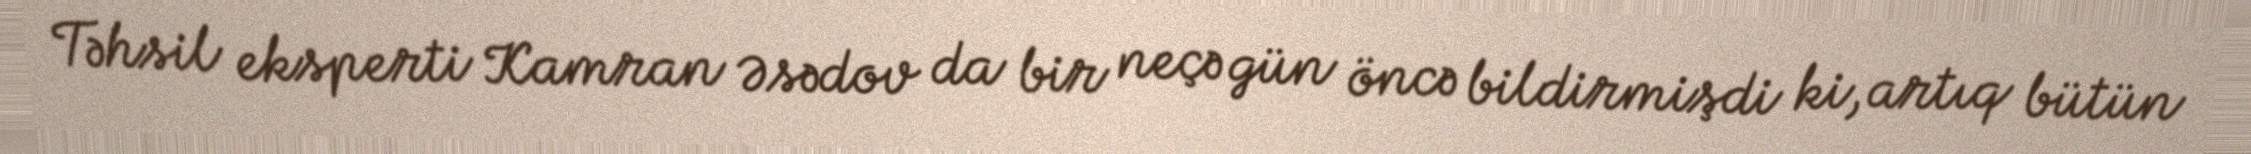
Təhsil eksperti Kamran Əsədov da bir neçə gün öncə bildirmişdi ki, artıq bütün